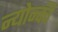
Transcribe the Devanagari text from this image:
न्योन्की